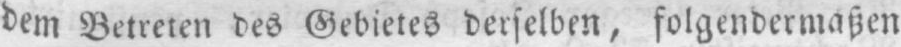
dem Betreten des Gebietes derselben, folgendermaßen